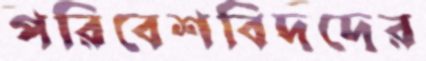
পরিবেশবিদদের